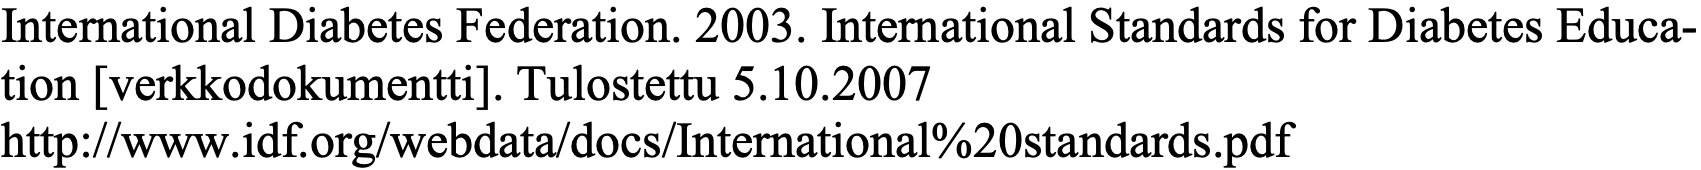
International Diabetes Federation. 2003. International Standards for Diabetes Educa- tion [verkkodokumentti]. Tulostettu 5.10.2007 http://www.idf.org/webdata/docs/International%20standards.pdf